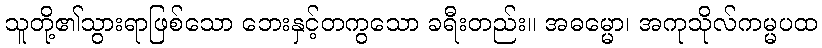
သူတို့၏သွားရာဖြစ်သော ဘေးနှင့်တကွသော ခရီးတည်း။ အဓမ္မော၊ အကုသိုလ်ကမ္မပထ